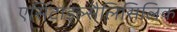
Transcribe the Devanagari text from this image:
एसिटाइल्सैलिसिलिक